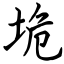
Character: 垝